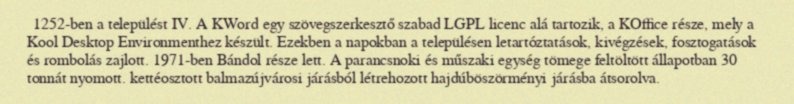
1252-ben a települést IV. A KWord egy szövegszerkesztő szabad LGPL licenc alá tartozik, a KOffice része, mely a Kool Desktop Environmenthez készült. Ezekben a napokban a településen letartóztatások, kivégzések, fosztogatások és rombolás zajlott. 1971-ben Bándol része lett. A parancsnoki és műszaki egység tömege feltöltött állapotban 30 tonnát nyomott. kettéosztott balmazújvárosi járásból létrehozott hajdúböszörményi járásba átsorolva.